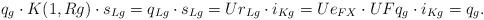
LaTeX: \begin{align*} q_g\cdot K(1,{R}g)\cdot s_{{L}g}=q_{Lg}\cdot s_{{L}g}=Ur_{Lg}\cdot i_{Kg} =Ue_{FX}\cdot UFq_{g}\cdot i_{Kg} = q_{g}.\end{align*}